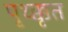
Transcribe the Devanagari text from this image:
पृथ्क्कृत